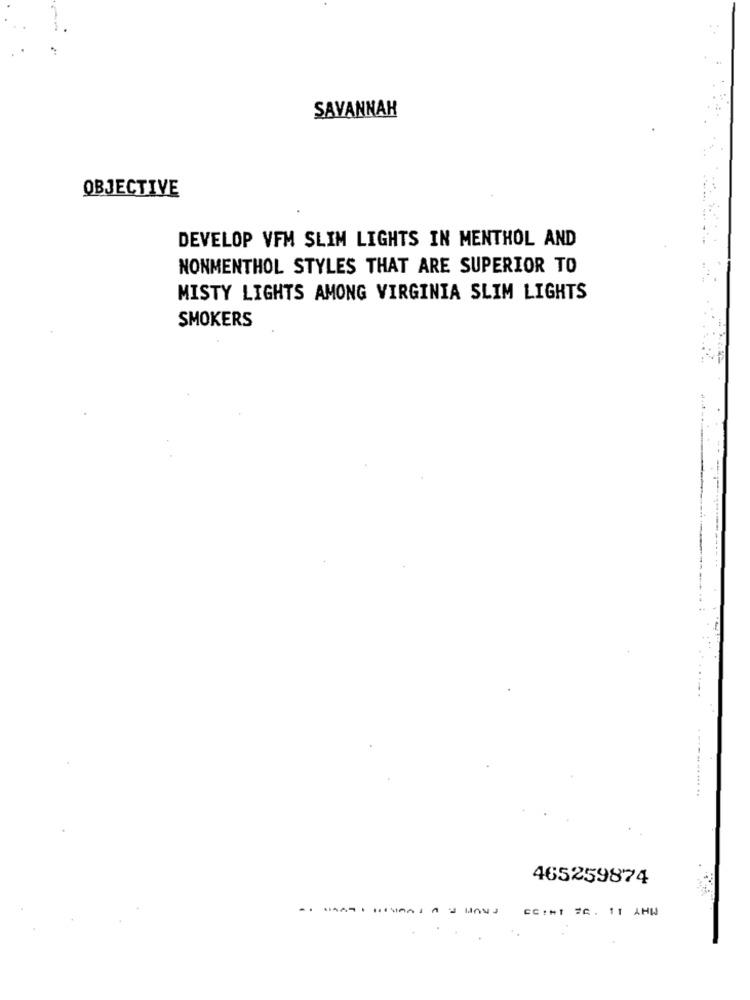
SAVANNAH
OBJECTIVE
DEVELOP VFM SLIM LIGHTS IN MENTHOL AND
NONMENTHOL STYLES THAT ARE SUPERIOR TO
MISTY LIGHTS AMONG VIRGINIA SLIM LIGHTS
SMOKERS
---.. ... ... ..
465259874
-------
CC:HT #C. 11 AHW